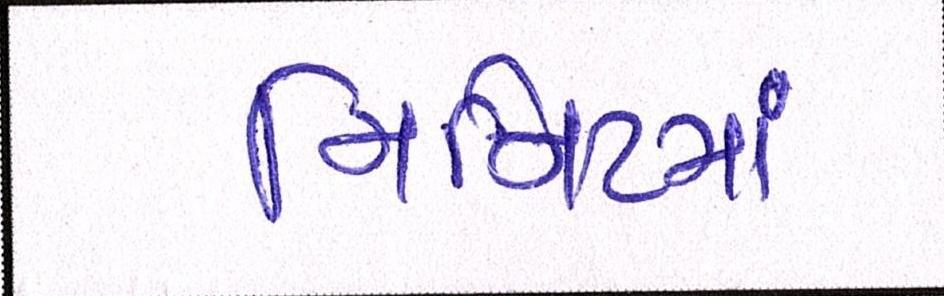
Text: મિનીટમાં